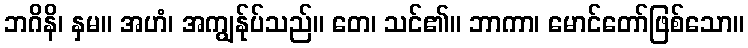
ဘဂိနိ၊ နှမ။ အဟံ၊ အကျွန်ုပ်သည်။ တေ၊ သင်၏။ ဘာကာ၊ မောင်တော်ဖြစ်သော။